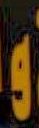
و